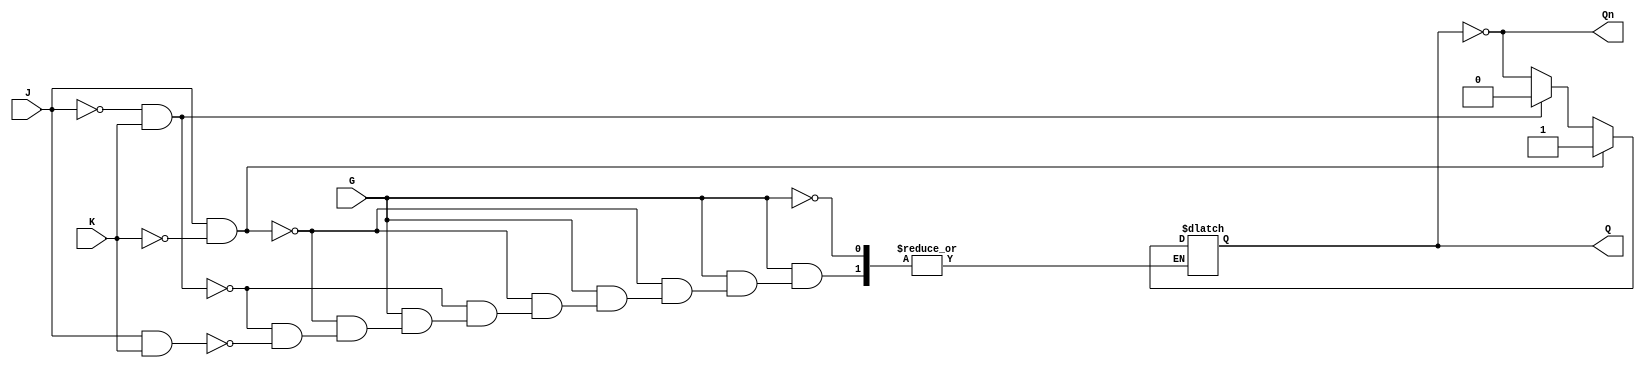
module gated_jk_latch (
    input wire J,      // Set input
    input wire K,      // Reset input
    input wire G,      // Enable input
    output reg Q,      // Output Q
    output wire Qn     // Complementary output Q'
);

// Always block triggered by changes in J, K, or G
always @(*) begin
    if (G) begin
        // When G is enabled, check J and K inputs
        if (J && !K) begin
            Q = 1;    // Set Q to 1
        end else if (!J && K) begin
            Q = 0;    // Reset Q to 0
        end else if (J && K) begin
            Q = ~Q;   // Toggle Q
        end
        // If J = 0 and K = 0, hold the current state (no change)
    end
    // If G is low, Q retains its current state (handled by the reg type)
end

// Complementary output
assign Qn = ~Q;

endmodule